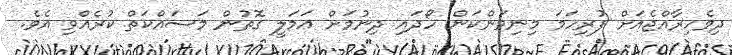
ދިވެހިރާއްޖެއަށް ފުރިހަމަ މިނިވަންކަން ހޯދައި ދިނުމަށް ޢަމަލީ ގޮތުން މަސައްކަތް ކުރެއްވި އެވެ.